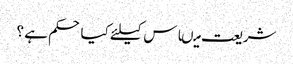
شریعت میںاس کیلئے کیا حکم ہے ؟